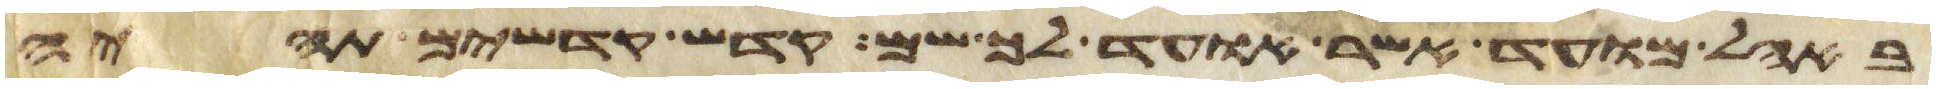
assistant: באהל מועד אשר אועד לך שמה קדש קדשים תהיה